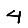
Digit: 4